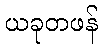
ယခုတဖန်